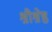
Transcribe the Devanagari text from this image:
श्रीश्रेष्ठ